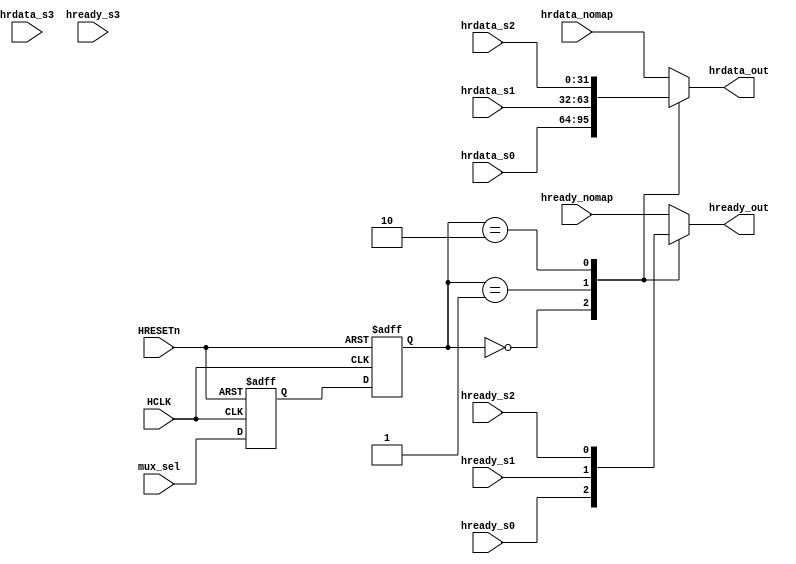
/*
  Design: AHB MUX
  Date : 21 June 2023 
  Author : Srimanth Tenneti 
  Description : Peripheral Response Multiplexor
*/

// TODO: modify the mux to support our other peripherals

module AHBMUX #(parameter W = 32)(
  
  // Clock and Reset 
  input HCLK, 
  input HRESETn, 
  
  // Mux Select Genenrated by decoder 
  input wire [1:0] mux_sel, 
  
  // HRDATA Slaves 
  input [W-1 : 0] hrdata_s0, 
  input [W-1 : 0] hrdata_s1, 
  input [W-1 : 0] hrdata_s2, 
  input [W-1 : 0] hrdata_s3, 
  input [W-1 : 0] hrdata_nomap, 
  
  // HREADY Slaves 
  input hready_s0, 
  input hready_s1, 
  input hready_s2, 
  input hready_s3, 
  input hready_nomap, 
  
  // To Master 
  output wire [W-1:0] hrdata_out, 
  output wire hready_out
); 
  
  reg [W-1 : 0] hrdata; 
  reg hready; 
  
  reg [1:0] mux_selQ, mux_selQ1; 
  
  // Address Phase Data Storage
  always @ (posedge HCLK or negedge HRESETn) 
    begin
      if (~HRESETn) 
        begin
           mux_selQ <= 0; 
           mux_selQ1 <= 0; 
        end
      else 
      begin
                mux_selQ1 <= mux_sel; 
                mux_selQ  <= mux_selQ1;
      end
    end
  
  always @ * 
    begin 
      case(mux_selQ) 
         2'b00 : begin // MEMORY
            hrdata = hrdata_s0; 
            hready = hready_s0; 
         end
        2'b01 : begin // GPIO
           hrdata = hrdata_s1; 
           hready = hready_s1; 
        end
        2'b10 : begin // Accelerator
           hrdata = hrdata_s2; 
           hready = hready_s2; 
        end
        default : begin // NOMAP
            hrdata = hrdata_nomap; 
            hready = hready_nomap; 
        end 
      endcase
    end 

  
  assign hrdata_out = hrdata; 
  assign hready_out = hready; 
  
endmodule